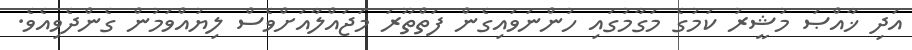
އަދި ޚާއްޞަ މުޝީރު ކަމުގެ މަގާމުގައި ހުންނަވައިގެން ފަތްތޫރަ މަޖައްލާއަށްވެސް ލިޔުއްވަމުން ގެންދެވިއެވެ.